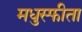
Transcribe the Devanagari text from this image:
मधुस्फीता